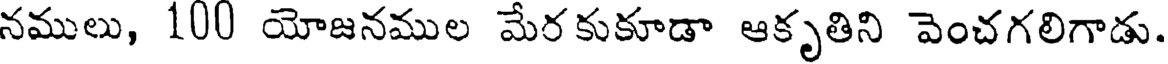
నములు, 100 యోజనముల మేరకుకూడా ఆకృతిని వెంచగలిగాడు.